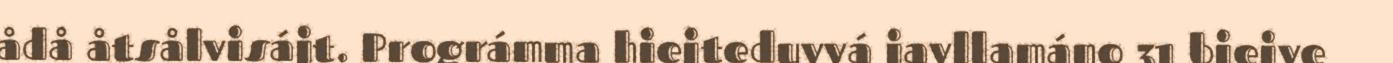
ådå åtsålvisájt. Prográmma hiejteduvvá javllamáno 31 biejve